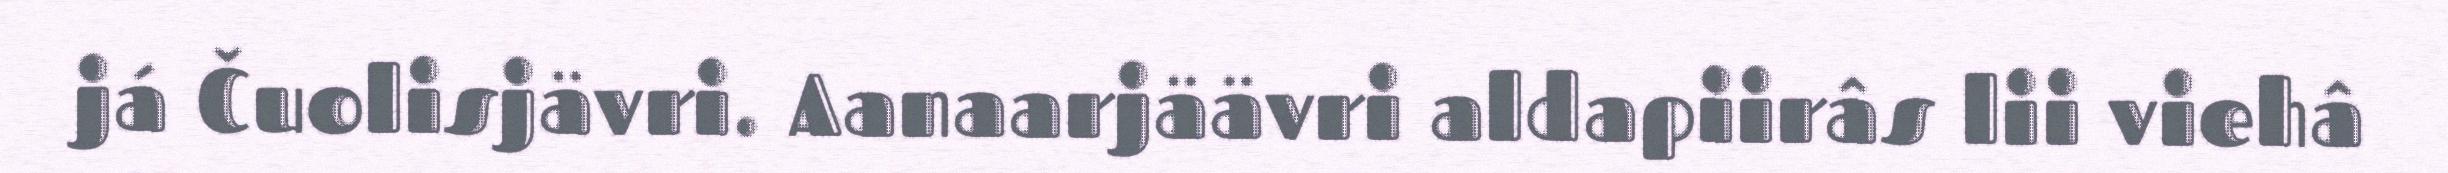
já Čuolisjävri. Aanaarjäävri aldapiirâs lii viehâ